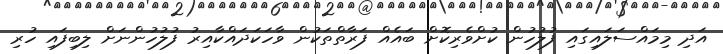
އަދި މިމައްސަލައިގައި ފުލުހުން ކުށްވެރިކޮށް ބައެއް ފަރާތްތަކުން ވާހަކަދައްކާއިރު ފުލުހުންނަށް ލިބިފައި ހުރި